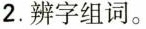
2.辨字组词。